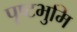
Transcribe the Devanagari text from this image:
पृष्टभुमि